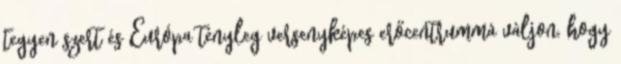
tegyen szert és Európa tényleg versenyképes erőcentrummá váljon, hogy